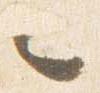
々